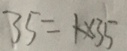
3 5 = 1 \times 3 5